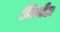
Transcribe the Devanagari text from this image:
निर्वत